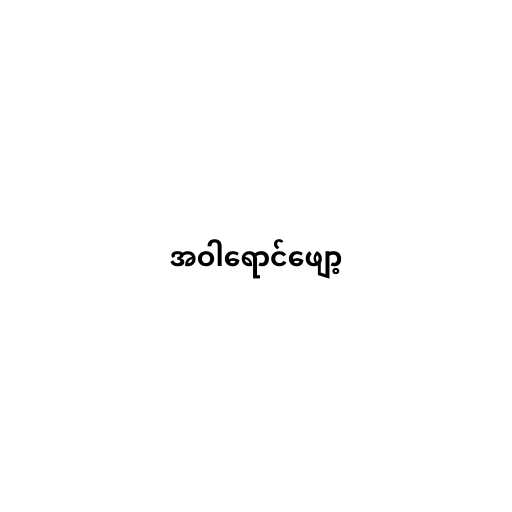
အဝါရောင်ဖျော့